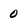
Character: 0